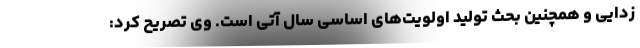
‌زدایی و همچنین بحث تولید اولویت‌های اساسی سال آتی است. وی تصریح کرد: